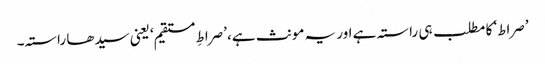
’صراط‘ کا مطلب ہی راستہ ہے اور یہ مونث ہے، ’صراطِ مستقیم‘ یعنی سیدھا راستہ۔